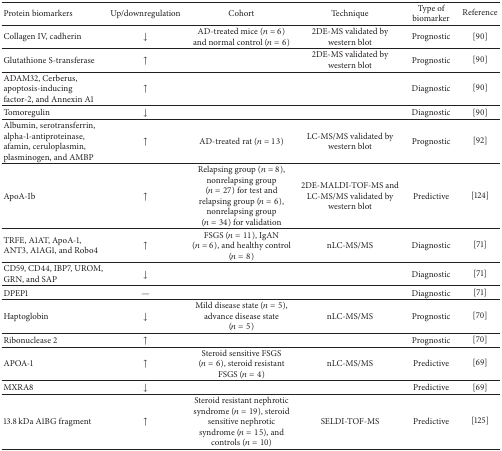
| Protein biomarkers | Up/downregulation | Cohort | Technique | Type of biomarker | Reference |
 | --- | --- | --- | --- | --- | --- |
 | Collagen IV, cadherin | ↓ | AD-treated mice (n = 6) and normal control (n = 6) | 2DE-MS validated by western blot | Prognostic | [90] |
 | Glutathione S-transferase | ↑ |  | 2DE-MS validated by western blot | Prognostic | [90] |
 | ADAM32, Cerberus, apoptosis-inducing factor-2, and Annexin A1 | ↑ |  |  | Diagnostic | [90] |
 | Tomoregulin | ↓ |  |  | Diagnostic | [90] |
 | Albumin, serotransferrin, alpha-1-antiproteinase, afamin, ceruloplasmin, plasminogen, and AMBP | ↑ | AD-treated rat (n = 13) | LC-MS/MS validated by western blot | Prognostic | [92] |
 | ApoA-Ib | ↑ | Relapsing group (n = 8), nonrelapsing group (n = 27) for test and relapsing group (n = 6), nonrelapsing group (n = 34) for validation | 2DE-MALDI-TOF-MS and LC-MS/MS validated by western blot | Predictive | [124] |
 | TRFE, A1AT, ApoA-1, ANT3, A1AG1, and Robo4 | ↑ | FSGS (n = 11), IgAN (n = 6), and healthy control (n = 8) | nLC-MS/MS | Diagnostic | [71] |
 | CD59, CD44, IBP7, UROM, GRN, and SAP | ↓ |  |  | Diagnostic | [71] |
 | DPEP1 | — |  |  | Diagnostic | [71] |
 | Haptoglobin | ↓ | Mild disease state (n = 5), advance disease state (n = 5) | nLC-MS/MS | Prognostic | [70] |
 | Ribonuclease 2 | ↑ |  |  | Prognostic | [70] |
 | APOA-1 | ↑ | Steroid sensitive FSGS (n = 6), steroid resistant FSGS (n = 4) | nLC-MS/MS | Predictive | [69] |
 | MXRA8 | ↓ |  |  | Predictive | [69] |
 | 13.8 kDa A1BG fragment | ↑ | Steroid resistant nephrotic syndrome (n = 19), steroid sensitive nephrotic syndrome (n = 15), and controls (n = 10) | SELDI-TOF-MS | Predictive | [125] |